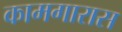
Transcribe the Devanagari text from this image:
कामगारास